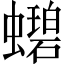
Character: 𬠲